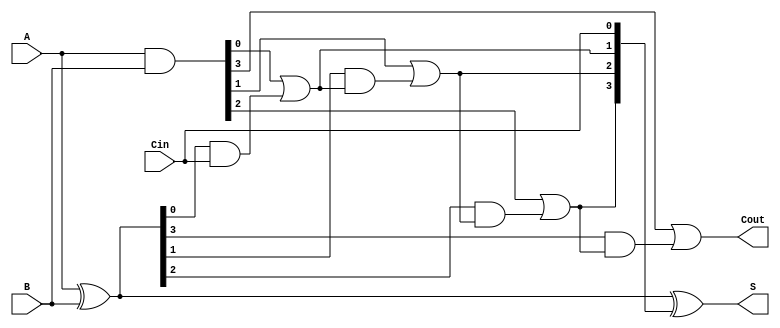
module carry_lookahead_adder #(parameter n = 4) (
    input  [n-1:0] A,      // First n-bit input
    input  [n-1:0] B,      // Second n-bit input
    input          Cin,     // Carry-in
    output [n-1:0] S,      // n-bit sum output
    output         Cout     // Carry-out
);

    wire [n-1:0] G;        // Generate signals
    wire [n-1:0] P;        // Propagate signals
    wire [n:0] C;          // Carry signals

    // Generate and Propagate calculations
    assign G = A & B;      // G[i] = A[i] & B[i]
    assign P = A ^ B;      // P[i] = A[i] ^ B[i]

    // Carry signals calculation
    assign C[0] = Cin;     // C[0] = Cin

    genvar i;
    generate
        for (i = 0; i < n; i = i + 1) begin : carry_calc
            if (i == 0) begin
                assign C[i + 1] = G[i] | (P[i] & C[i]); // C[1] = G[0] + (P[0] * C[0])
            end else begin
                assign C[i + 1] = G[i] | (P[i] & C[i]); // C[i + 1] = G[i] + (P[i] * C[i])
            end
        end
    endgenerate

    // Sum calculation
    assign S = P ^ C[n-1:0]; // S[i] = P[i] ^ C[i]

    // Carry-out signal
    assign Cout = C[n];      // Cout = C[n]

endmodule